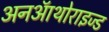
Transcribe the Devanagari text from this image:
अनऑथोराइज्ड